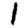
Digit: 1